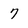
Character: 7